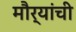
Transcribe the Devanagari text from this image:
मौर्यांची